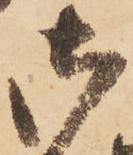
御